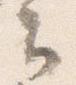
云